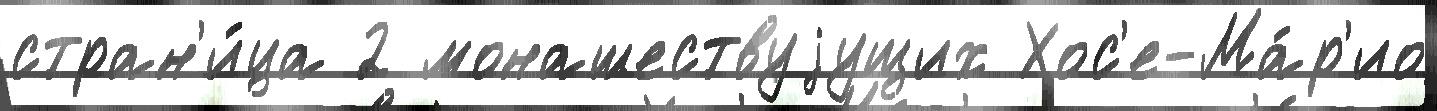
стран'и́ца 2 монашествуjущих Хос'е-Ма́р'ио